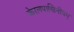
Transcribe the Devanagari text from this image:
केरलपाणिनीयम्